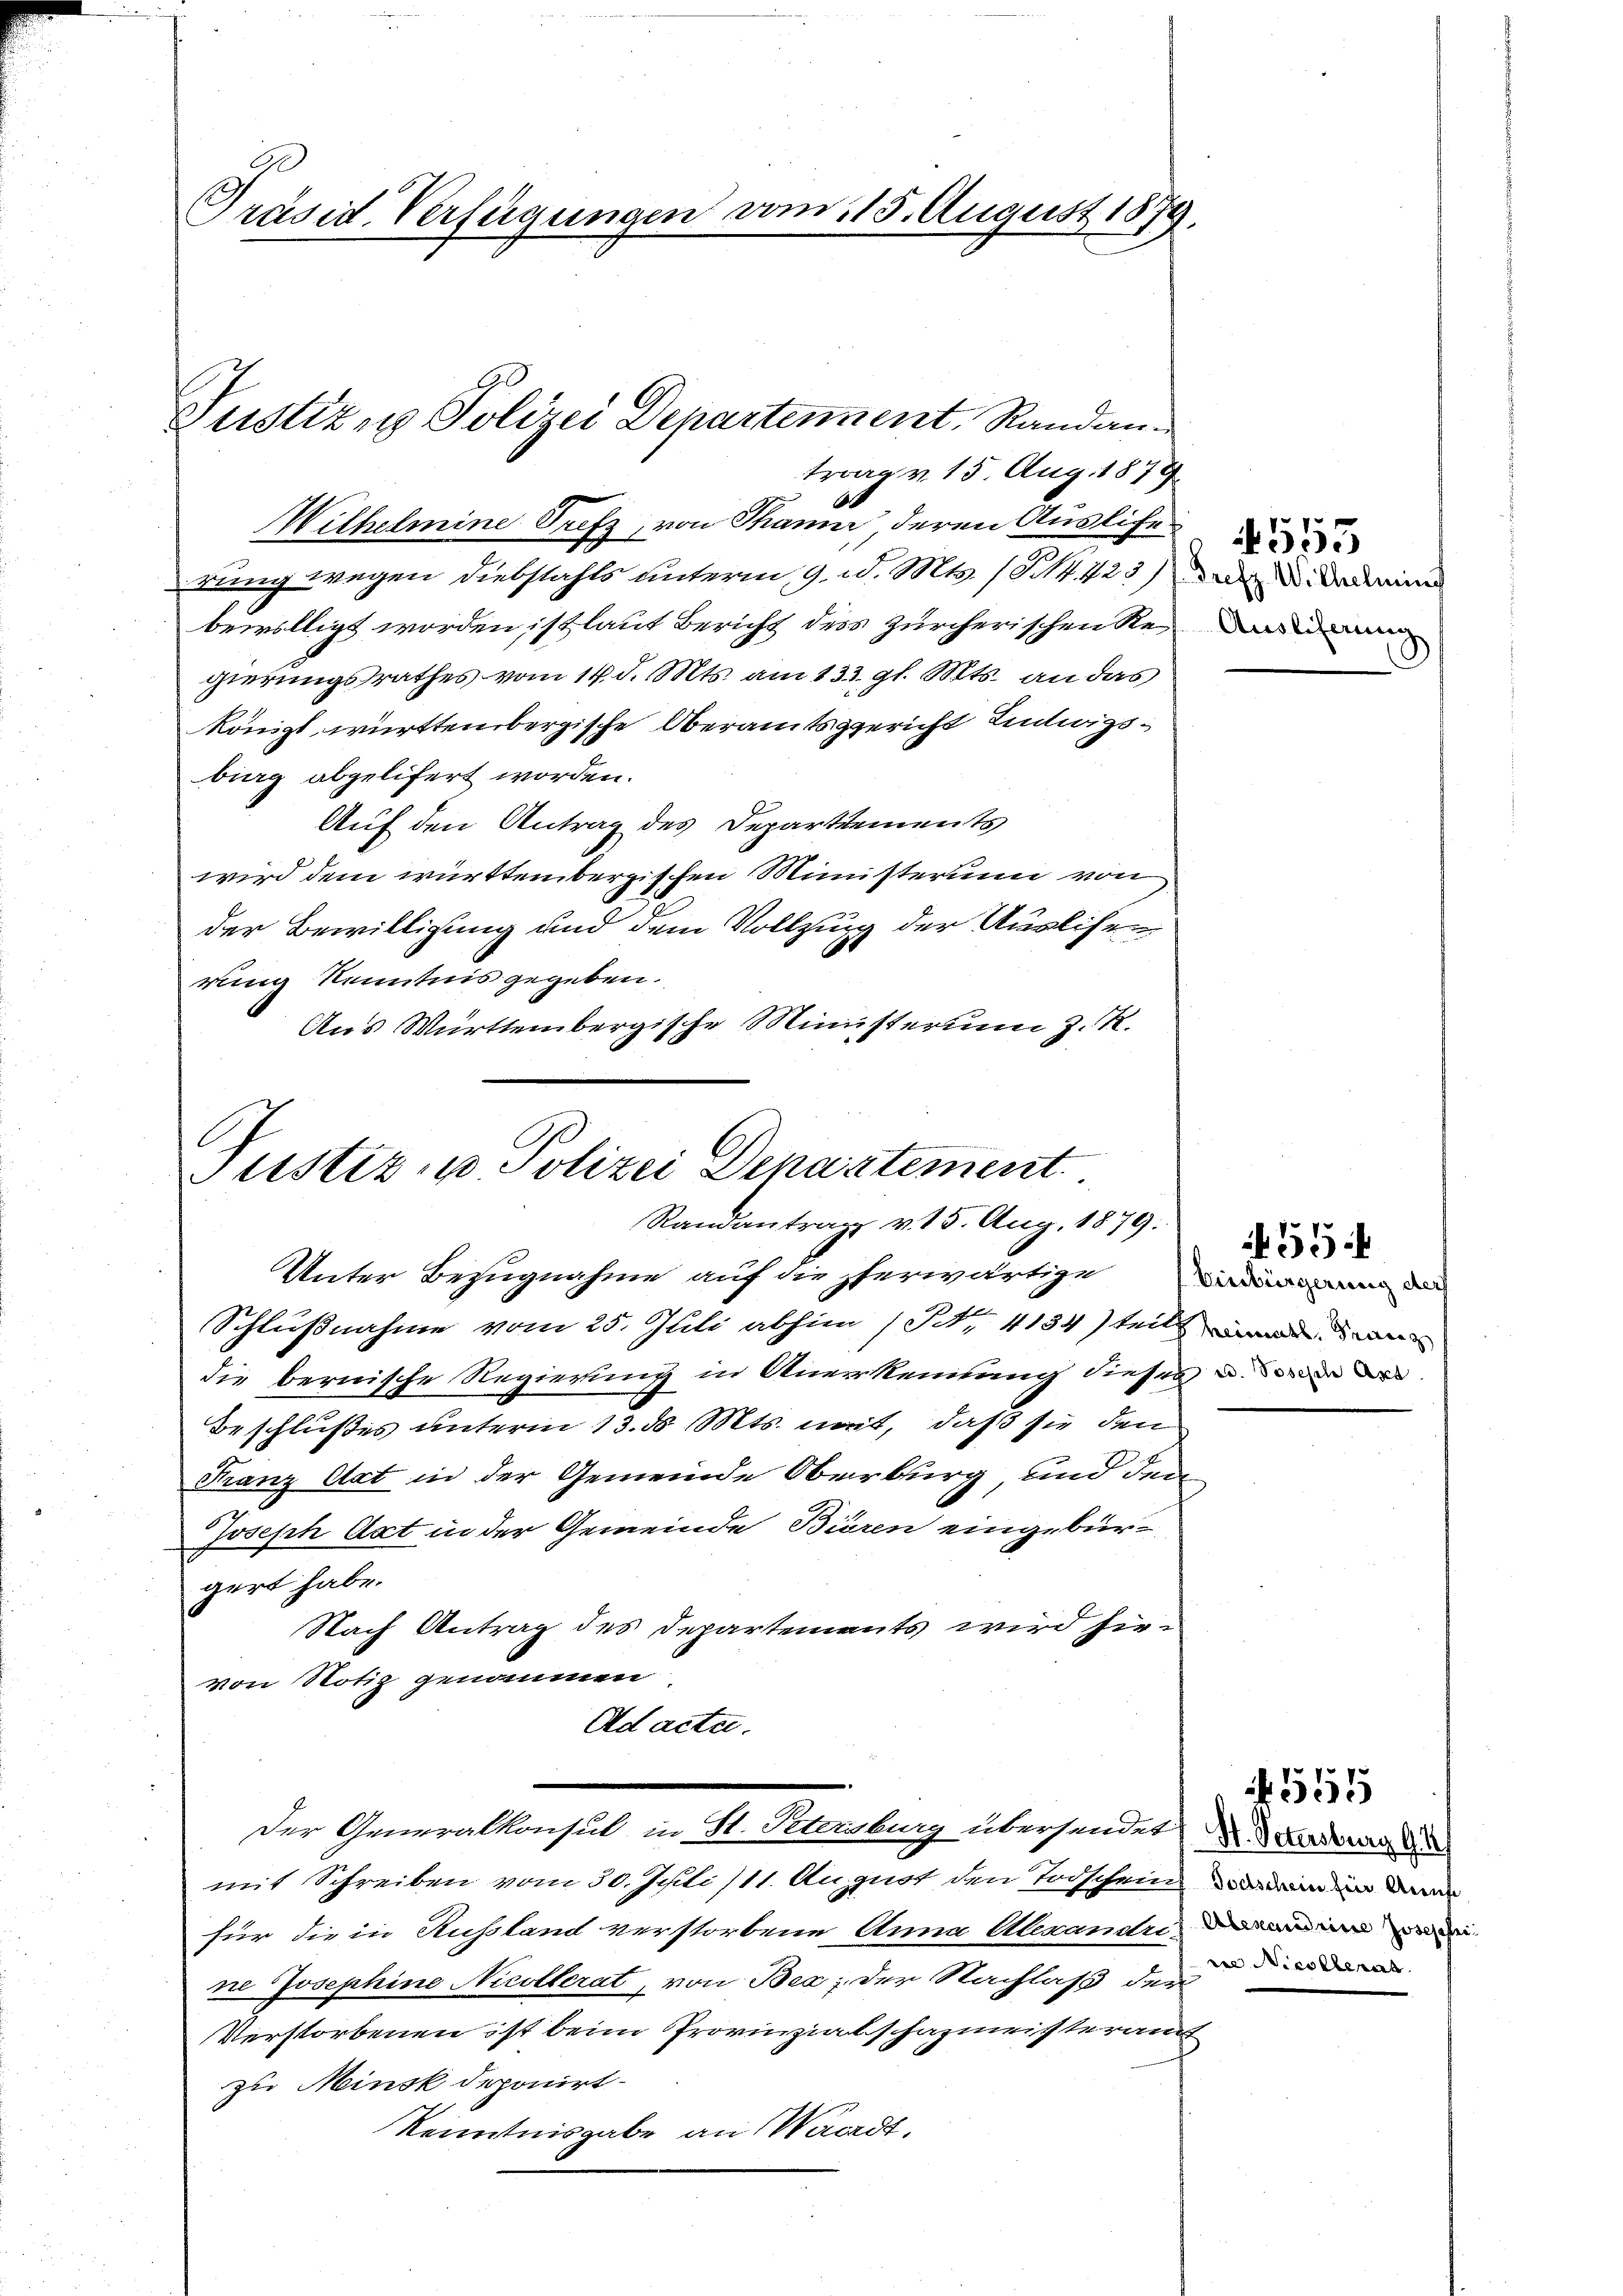
Präsid. Verfügungen vom 15. August 1879.

rung wegen Diebstahls unterm 9. d. Mts. (T. 423) das u. da dein
bewilligt worden ist laut Bericht des zürcherischen Regierungsrathes vom 14. d. Mts. am 133. gl. Mts. an das
königl württembergische Oberamtsgericht Lintwigsbing abgelifert worden.
Auf den Antrag des Departements
wird dem württembergischen Ministerium von
der Bewilligung und dem Vollzung der Auslisen
rung Kenntnis gegeben.
Aus Württembergische Ministerium z. R.

trag v. 15. Aug. 1879
Wilhelmine Seefz, von Thann deren Auslife

Justiz- u Polizei Departement
Randantrag v. 15. Aug. 1879.
Unter Bezugnahme auf die herwärtige Lindammann da

Schlußnahme vom 25. Juli abhin (Tit. 4134) teils und an
die bernische Regierung in Anerkennung dieses u.
Beschlußes unterm 13. ds Mts. mit, daß sie den
Franz Art in der Gemeinde Oberburg und dem
Joseph Art in der Gemeinde Bieren eingebür-
gert habe.
Nach Antrag des Departements wird hievon Notiz genommen
Ad acta.
Der Generalkonsul in St. Petenburg übersendet werden d
mit Schreiben vom 30. Juli/11. August den Todschein in in de
für die in Russland verstorbene Anna Alexandri
ne Josephine Nicollerat, von Bes; der Nachlaß der
Verstorbenen ist beim Provinzialschazmeisteraus
zu Minsk deponirt.
Kenntnisgabe an Waadt,

Justiz & Polizei Departement, Randan¬

Auslieferung

555

554

5551

ne Nicolterat